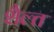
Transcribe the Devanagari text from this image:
शैल्त